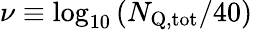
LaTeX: \nu\equiv\log_{10}\left(N_{\mathrm{Q,tot}}/40\right)